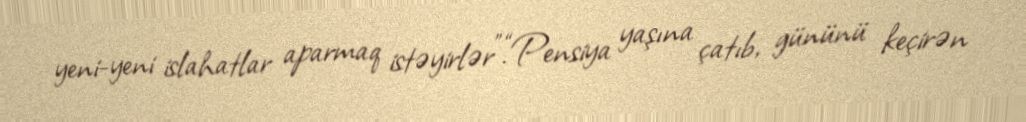
yeni-yeni islahatlar aparmaq istəyirlər”.“Pensiya yaşına çatıb, gününü keçirən